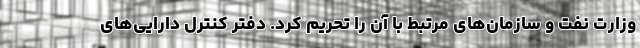
وزارت نفت و سازمان‌های مرتبط با آن را تحریم کرد. دفتر کنترل دارایی‌های